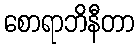
စောရာဘိနီတာ